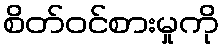
စိတ်ဝင်စားမှုကို